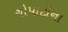
ચોપાટીના